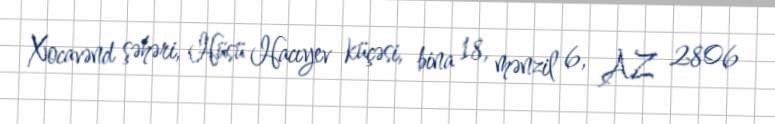
Xocavənd şəhəri, Hüsü Hacıyev küçəsi, bina 18, mənzil 6, AZ 2806